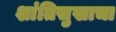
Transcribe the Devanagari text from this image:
शांतिसुखाचा